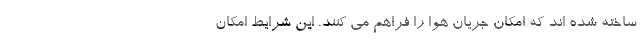
ساخته شده اند که امکان جریان هوا را فراهم می کنند. این شرایط امکان